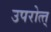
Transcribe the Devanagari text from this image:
उपरोत्त्